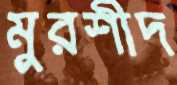
মুরশীদ